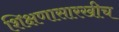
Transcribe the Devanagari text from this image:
शिक्षणासारखीच